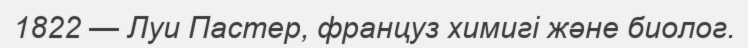
1822 — Луи Пастер, француз химигі және биолог.